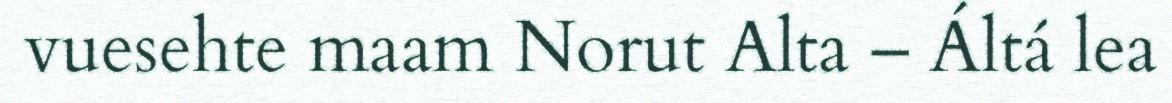
vuesehte maam Norut Alta – Áltá lea